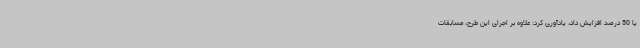
یا 50 درصد افزایش داد، یادآوری کرد: علاوه بر اجرای این طرح، مسابقات